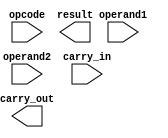
module ALU (
    input [3:0] operand1,
    input [3:0] operand2,
    input [2:0] opcode,
    input carry_in,
    output [4:0] result,
    output carry_out
);

reg [3:0] intermediate_result;
reg [4:0] final_result;

always @ (operand1, operand2, opcode)
begin
    case (opcode)
        3'b000: intermediate_result = operand1 + operand2; // Addition
        3'b001: intermediate_result = operand1 - operand2; // Subtraction
        3'b010: intermediate_result = operand1 & operand2; // AND
        3'b011: intermediate_result = operand1 | operand2; // OR
        3'b100: intermediate_result = operand1 ^ operand2; // XOR
        default: intermediate_result = 4'b0; // Default to 0
    endcase
end

assign carry_out = intermediate_result[4];
assign final_result = {carry_in, intermediate_result};

endmodule